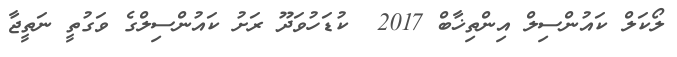
ލޯކަލް ކައުންސިލް އިންތިޚާބް 2017  ކުޑަހުވަދޫ ރަށު ކައުންސިލްގެ ވަގުތީ ނަތީޖާ